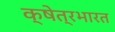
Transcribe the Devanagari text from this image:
क्षेत्रभारत